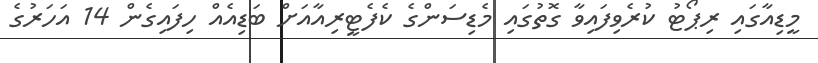
މީޑިއާގައި ރިޕޯޓު ކުރެވިފައިވާ ގޮތުގައި މެޑިސަންގެ ކެފެޓީރިއާއަށް ބަޑިއެއް ހިފައިގެން 14 އަހަރުގެ